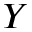
Y